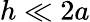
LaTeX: h\ll 2a